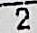
2